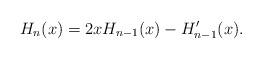
LaTeX: \begin{align*}H_n(x)=2xH_{n-1}(x)-H_{n-1}'(x).\end{align*}